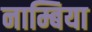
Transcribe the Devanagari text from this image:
नाम्बिया